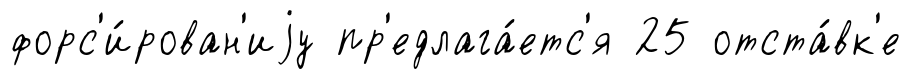
форс'и́рован'иjу пр'едлага́етс'я 25 отста́вк'е